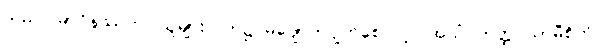
သည်။ မာဝိနဿတု၊ သူများလက်၌ မပျောက်ပျက်စေလင့်။ အယံ တတ္ထ သာမီစိတိ၊